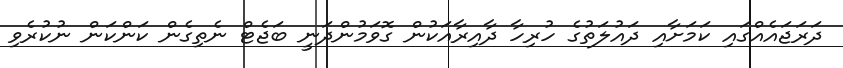
ދަރަޖައެއްގައި ކަމަށާއި ދައުލަތުގެ ހުރިހާ ދާއިރާއަކުން ގޮވަމުންދަނީ ބަޖެޓް ނެތިގެން ކަންކަން ނުކުރެވި